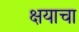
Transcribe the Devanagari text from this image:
क्षयाचा